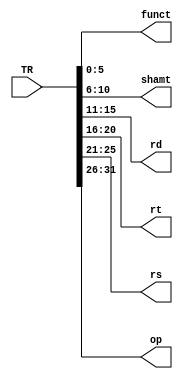
module TipoR(  input [31:0] TR,
 output reg [5:0] funct, output reg [4:0] shamt, output reg [4:0] rd, output reg [4:0] rt, output reg [4:0] rs, 
 output reg [5:0] op );
 
always @(*) begin
    funct = TR [5:0];
    shamt = TR [10:6];
    rd = TR [15:11];
    rt = TR [20:16];
    rs = TR [25:21];
    op = TR [31:26];
end


endmodule